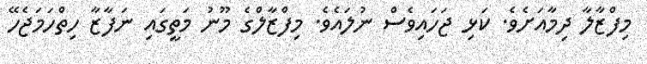
މިފްޒާލާ ދިމާއަށެވެ. ކަޅި ޖަހައިވެސް ނުލައެވެ. މިފްޒާލްގެ މޫނު މަތީގައި ނަފާޒާ ހިތްހަމަޖެހޭ